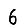
Digit: 6